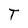
Character: T